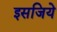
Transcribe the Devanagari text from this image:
इसजिये